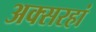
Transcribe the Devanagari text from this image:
अक्सरहां